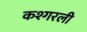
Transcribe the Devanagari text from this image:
कश्गरली